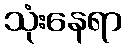
သုံးနေရာ